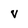
Character: V